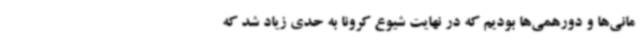
مانی‌ها و دورهمی‌ها بودیم که در نهایت شیوع کرونا به حدی زیاد شد که